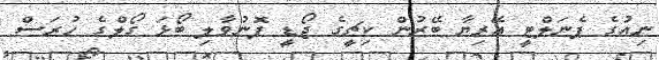
ނިއުގެ ޕެނަލްޓީ އޭރިޔާ ބޭރުން ކިޗީގެ ޖޯޑީ ފޮނުވާލި ބޯޅަ ގޯލްގެ ހުރަސް